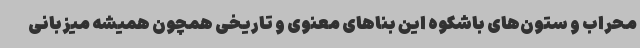
محراب و ستون‌های باشکوه این بناهای معنوی و تاریخی همچون همیشه میزبانی